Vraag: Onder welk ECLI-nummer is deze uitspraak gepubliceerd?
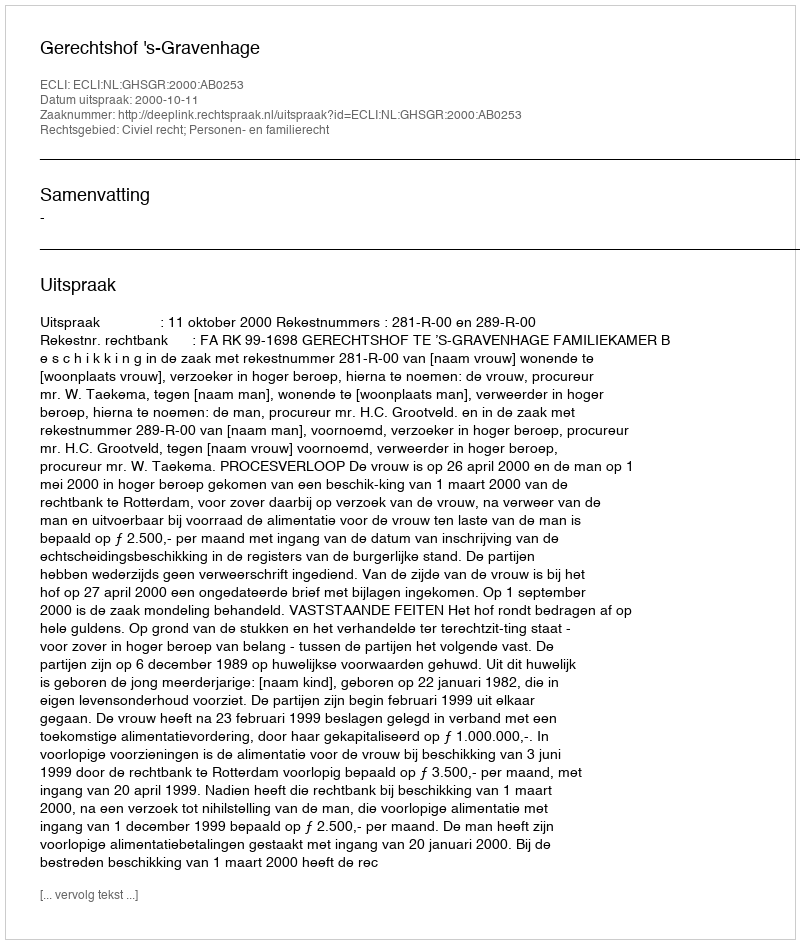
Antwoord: ECLI:NL:GHSGR:2000:AB0253